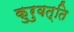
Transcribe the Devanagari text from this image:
कुरुवत्ति